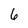
Character: 6